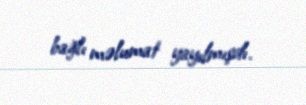
bağlı məlumat yayılmışdı.